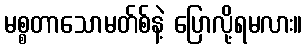
မစ္စတာသောမတ်စ်နဲ့ ပြောလို့ရမလား။